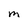
Character: M